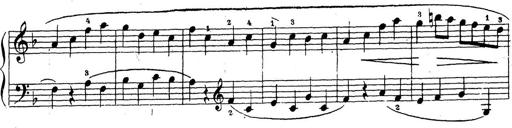
Title: 10 Sonatinas
Composer: Fritz Spindler